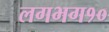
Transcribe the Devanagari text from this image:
लगभग१०